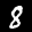
Label: 8